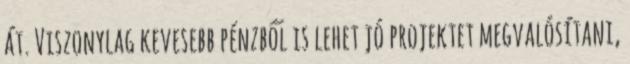
át. Viszonylag kevesebb pénzből is lehet jó projektet megvalósítani,